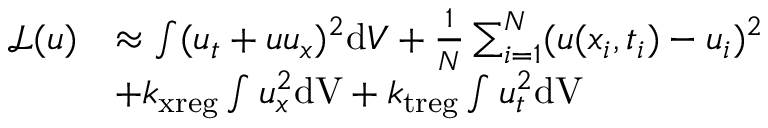
\begin{array} { r l } { \mathcal { L } ( u ) } & { \approx \int ( u _ { t } + u u _ { x } ) ^ { 2 } \mathrm { d } V + \frac { 1 } { N } \sum _ { i = 1 } ^ { N } ( u ( x _ { i } , t _ { i } ) - u _ { i } ) ^ { 2 } } \\ & { + k _ { \mathrm { x r e g } } \int u _ { x } ^ { 2 } \mathrm { d V } + k _ { \mathrm { t r e g } } \int u _ { t } ^ { 2 } \mathrm { d V } } \end{array}